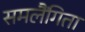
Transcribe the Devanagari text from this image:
समलैंगिता